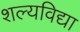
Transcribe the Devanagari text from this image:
शल्यविद्या